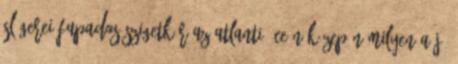
slágerei Fapados szigetkör az Atlanti-óceán közepén Milyen a jó